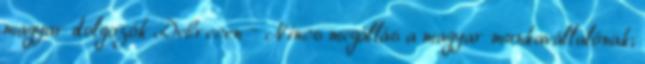
magyar dolgozók Debrecen – Nincs megállás a magyar munkavállalónak;